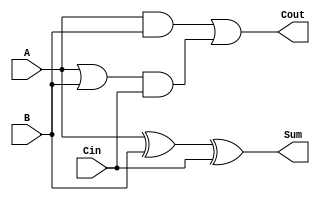
module full_adder (
    input wire A,
    input wire B,
    input wire Cin,
    output wire Sum,
    output wire Cout
);

    // Internal signals
    wire S1, S2, C1, C2;

    // Combinational logic for generating sum output
    assign S1 = A ^ B;
    assign Sum = S1 ^ Cin;

    // Sequential logic for generating carry-out
    assign C1 = A & B;
    assign C2 = A | B;
    assign Cout = C1 | (C2 & Cin);

endmodule